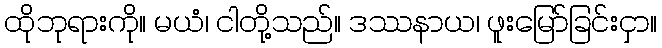
ထိုဘုရားကို။ မယံ၊ ငါတို့သည်။ ဒဿနာယ၊ ဖူးမြော်ခြင်းငှာ။